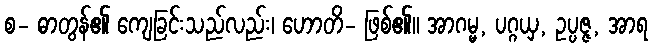
စ- ဓာတွန်၏ ကျေခြင်းသည်လည်း၊ ဟောတိ- ဖြစ်၏။ အာဂမ္မ, ပဂ္ဂယှ, ဥပ္ပဇ္ဇ, အာရ